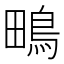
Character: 鴫